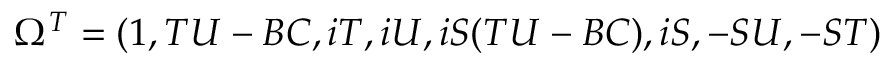
\Omega ^ { T } = ( 1 , T U - B C , i T , i U , i S ( T U - B C ) , i S , - S U , - S T )